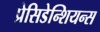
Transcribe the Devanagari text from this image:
प्रेसिडेन्शियन्स